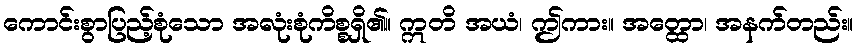
ကောင်းစွာပြည့်စုံသော အလုံးစုံကိစ္စရှိ၏။ ဣတိ အယံ၊ ဤကား။ အတ္ထော၊ အနက်တည်း။